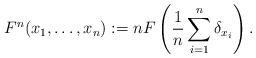
LaTeX: \begin{align*}F^n(x_1,\dots,x_n):= nF\left( \frac{1}{n}\sum_{i=1}^n\delta_{x_i} \right).\end{align*}